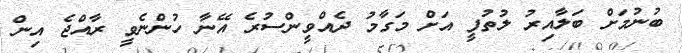
ބުނުމަށް ބަލާއިރު ލުތުފީ އަށް މަގާމު ދެއްވީންސުރެ އޭނާ ހުންނެވީ ރާއްޖެ އިން